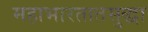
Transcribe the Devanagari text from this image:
महाभारतातसुद्धा